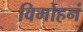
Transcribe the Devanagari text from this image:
विमोहनं